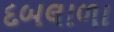
દબલાળા